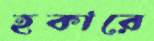
হকারে